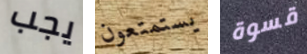
يجب يستمتعون قسوة